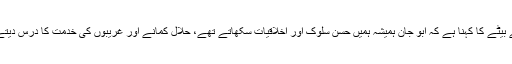
آپ کے بیٹے کا کہنا ہے کہ ابو جان ہمیشہ ہمیں حسن سلوک اور اخلاقیات سکھاتے تھے، حلال کمانے اور غریبوں کی خدمت کا درس دیتے تھے۔